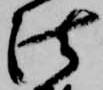
法